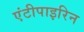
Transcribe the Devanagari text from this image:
एंटीपाइरिन